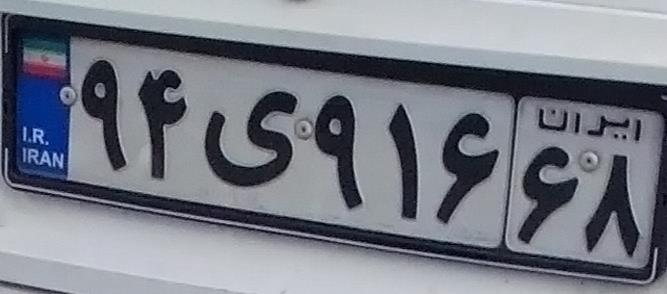
۹۴ی۹۱۶۶۸